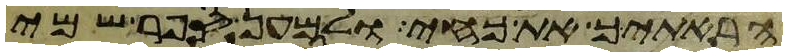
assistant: הראתיך את כחי ולמען ספר שמי